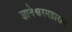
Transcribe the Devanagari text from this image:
ज्ञानेश्वरमहाराज